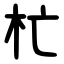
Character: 杧